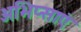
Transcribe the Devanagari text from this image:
अभिप्साएं